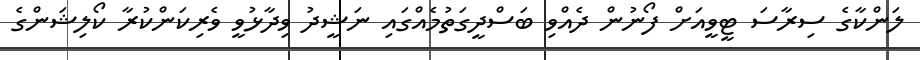
ލަންކާގެ ސިރާސަ ޓީވީއަށް ފޯނުން ދެއްވި ބަސްދީގަތުމެއްގައި ނަޝީދު ވިދާޅުވީ ވެރިކަންކުރާ ކޯލިޝަންގެ